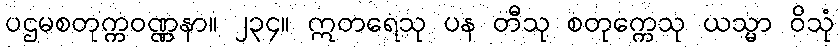
ပဌမစတုက္ကဝဏ္ဏနာ။ ၂၃၄။ ဣတရေသု ပန တီသု စတုက္ကေသု ယသ္မာ ဝိသုံ